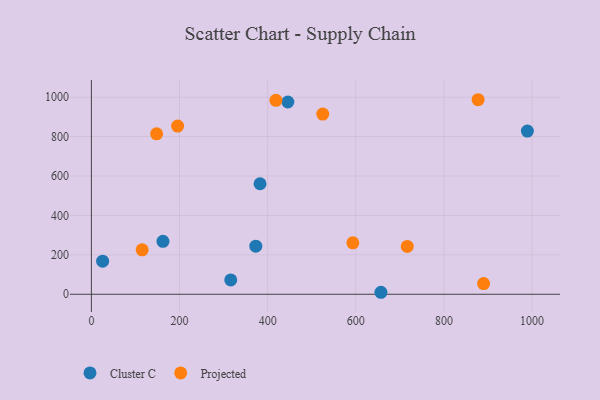
{"axis": {"x": "Investment", "y": "Yield"}, "legend": ["Cluster C", "Projected"], "data": [{"x": "445.8", "y": 975.5, "type": "Cluster C"}, {"x": "316.2", "y": 72.7, "type": "Cluster C"}, {"x": "373.1", "y": 243.8, "type": "Cluster C"}, {"x": "382.7", "y": 560.7, "type": "Cluster C"}, {"x": "25.5", "y": 167.9, "type": "Cluster C"}, {"x": "162.4", "y": 268.6, "type": "Cluster C"}, {"x": "657.0", "y": 10.1, "type": "Cluster C"}, {"x": "989.3", "y": 828.1, "type": "Cluster C"}, {"x": "115.2", "y": 225.5, "type": "Projected"}, {"x": "716.7", "y": 242.8, "type": "Projected"}, {"x": "890.0", "y": 54.3, "type": "Projected"}, {"x": "148.0", "y": 813.9, "type": "Projected"}, {"x": "593.3", "y": 261.2, "type": "Projected"}, {"x": "195.7", "y": 853.5, "type": "Projected"}, {"x": "877.5", "y": 987.1, "type": "Projected"}, {"x": "418.7", "y": 984.3, "type": "Projected"}, {"x": "525.0", "y": 914.4, "type": "Projected"}]}